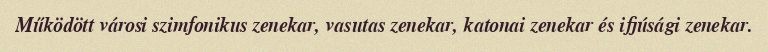
Működött városi szimfonikus zenekar, vasutas zenekar, katonai zenekar és ifjúsági zenekar.